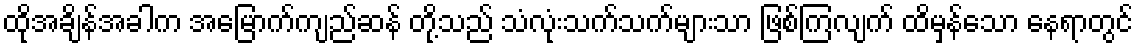
ထိုအချိန်အခါက အမြောက်ကျည်ဆန် တို့သည် သံလုံးသက်သက်များသာ ဖြစ်ကြလျက် ထိမှန်သော နေရာတွင်